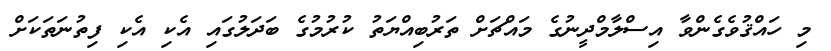
މި ހައްޤުވެގެންވާ އިސްލާމްދީނުގެ މައްޗަށް ތަރުބިއްޔަތު ކުރުމުގެ ބަދަލުގައި އެކި އެކި ފިތުނަތަކަށް